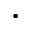
\cdot